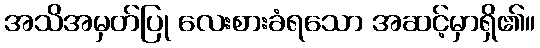
အသိအမှတ်ပြု လေးစားခံရသော အဆင့်မှာရှိ၏။